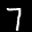
Label: 7